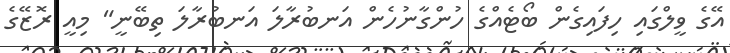
އޭގެ ވީލްގައި ހިފައިގެން ބޯޓެއްގެ ހުންގާނުހެން އަނބުރާލަ އަނބުރާލަ ތިބޭނީ" މިއީ ރޮޒޭގެ